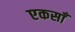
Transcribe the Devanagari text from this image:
एकसाँ